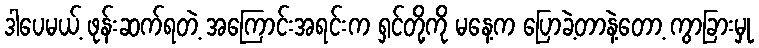
ဒါပေမယ့် ဖုန်းဆက်ရတဲ့ အကြောင်းအရင်းက ရှင်တို့ကို မနေ့က ပြောခဲ့တာနဲ့တော့ ကွာခြားမှု